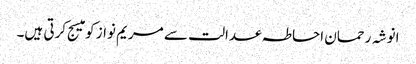
انوشہ رحمان احاطہ عدالت سے مریم نواز کو میسج کرتی ہیں۔